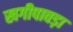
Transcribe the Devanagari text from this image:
खगीपावड़ा